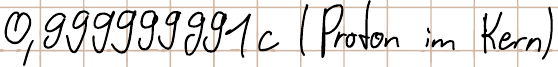
0,999999991c (Proton im Kern)